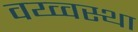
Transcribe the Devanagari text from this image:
वय्व्वस्था